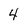
Character: 4